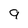
Character: 9